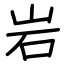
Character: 岩